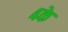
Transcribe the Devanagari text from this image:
४के